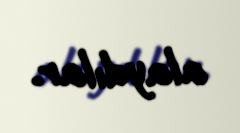
alaydılar.